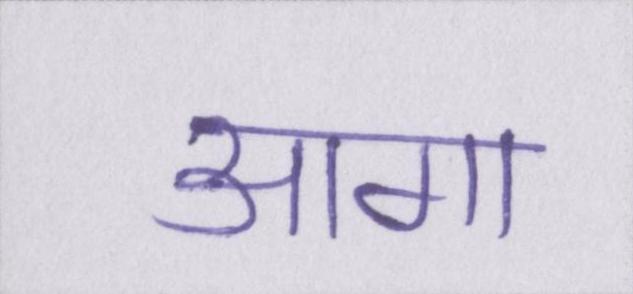
आगा